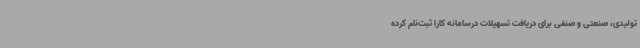
تولیدی، صنعتی و صنفی برای دریافت تسهیلات درسامانه کارا ثبت‌نام کرده